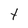
Character: t